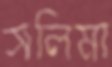
সলিমা